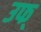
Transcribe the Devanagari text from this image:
उफ्‌